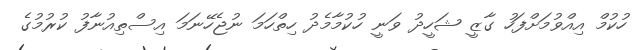
ހުކުމް އިއްވުމަށްފަހު ގާޒީ ޝަހީދު ވަނީ ހުކުމާމެދު ހިތްހަމަ ނުޖެހޭނަމަ އިސްތިއުނާފު ކުރުމުގެ